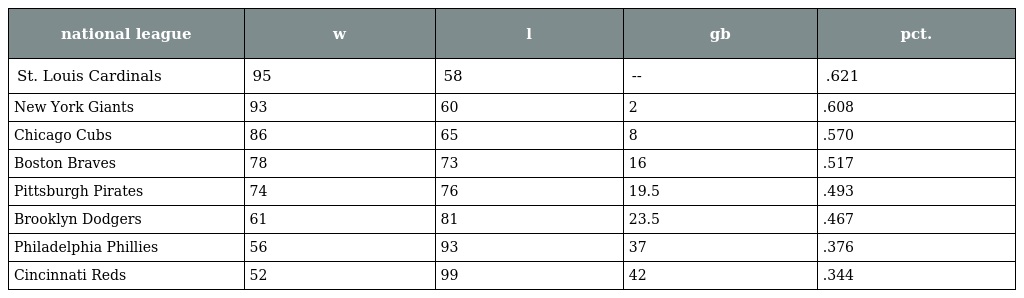
| national league | w | l | gb | pct. |
 | --- | --- | --- | --- | --- |
 | St. Louis Cardinals | 95 | 58 | -- | .621 |
 | New York Giants | 93 | 60 | 2 | .608 |
 | Chicago Cubs | 86 | 65 | 8 | .570 |
 | Boston Braves | 78 | 73 | 16 | .517 |
 | Pittsburgh Pirates | 74 | 76 | 19.5 | .493 |
 | Brooklyn Dodgers | 61 | 81 | 23.5 | .467 |
 | Philadelphia Phillies | 56 | 93 | 37 | .376 |
 | Cincinnati Reds | 52 | 99 | 42 | .344 |